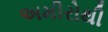
અમીરોથી